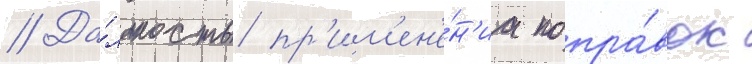
// Да́льность пр'им'ен'е́н'иа попра́вок